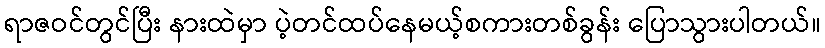
ရာဇဝင်တွင်ပြီး နားထဲမှာ ပဲ့တင်ထပ်နေမယ့်စကားတစ်ခွန်း ပြောသွားပါတယ်။